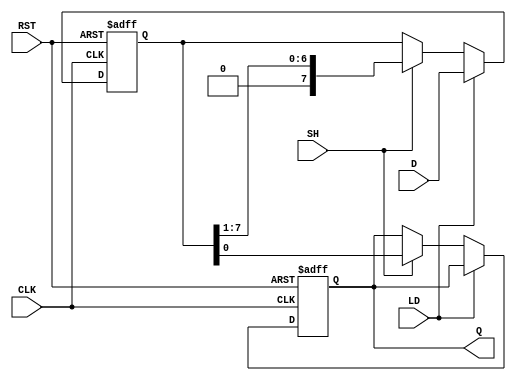
module PISO_Register #(
    parameter N = 8  // Parameter for the width of the register (number of bits)
)(
    input wire [N-1:0] D,   // Parallel data input
    input wire LD,          // Load control signal
    input wire SH,          // Shift control signal
    input wire CLK,         // Clock signal
    input wire RST,         // Asynchronous reset signal
    output reg Q            // Serial output
);

    reg [N-1:0] shift_reg;  // Internal shift register

    always @(posedge CLK or posedge RST) begin
        if (RST) begin
            shift_reg <= {N{1'b0}}; // Clear the register on reset
            Q <= 1'b0;              // Clear serial output
        end else begin
            if (LD) begin
                shift_reg <= D;     // Load data into the shift register
            end else if (SH) begin
                Q <= shift_reg[0];  // Output the LSB to Q
                shift_reg <= {1'b0, shift_reg[N-1:1]}; // Shift right
            end
        end
    end

endmodule